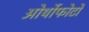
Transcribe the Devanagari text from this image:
ओर्थोफोटो